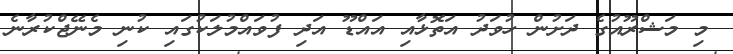
މި މަޝްރޫއުގެ ދަށުން ހުވަދު އަތޮޅާއި އައްޑޫ އަދި ފުވައްމުލަކުގައި ކުނި މެނޭޖްކުރާނެ